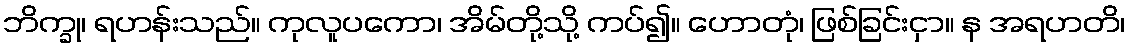
ဘိက္ခု၊ ရဟန်းသည်။ ကုလူပကော၊ အိမ်တို့သို့ ကပ်၍။ ဟောတုံ၊ ဖြစ်ခြင်းငှာ။ န အရဟတိ၊